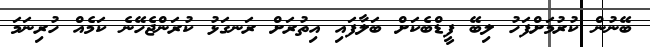
ބޭނުން ކުރުމަށްފަހު ލިބޭ ފީޑްބެކަށް ބަލާފައި އިތުރަށް ރަނގަޅު ކުރަންޖެހޭނެ ކަމެއް ހުރިނަމަ